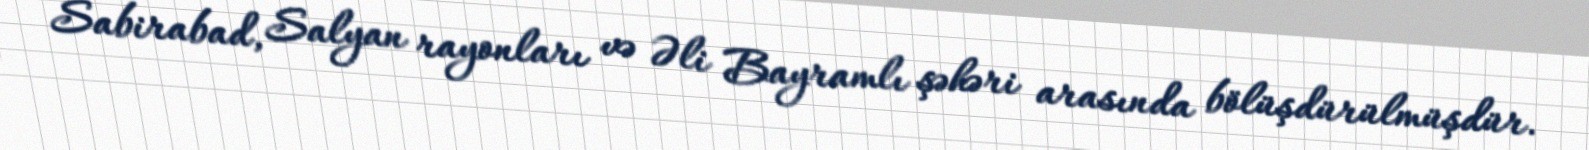
Sabirabad, Salyan rayonları və Əli Bayramlı şəhəri arasında bölüşdürülmüşdür.